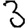
Digit: 3